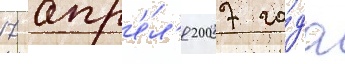
17 апр'е́л'я 2007 го́да